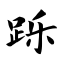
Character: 跞